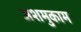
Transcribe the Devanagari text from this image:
अशमुकाम